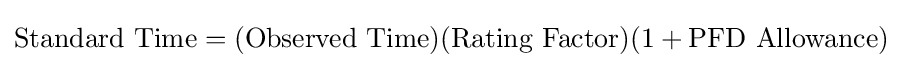
{\text{Standard Time}}=({\text{Observed Time}})({\text{Rating Factor}})(1+{\text{PFD Allowance}})